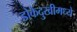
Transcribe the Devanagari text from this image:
डोकेदुखीमध्ये